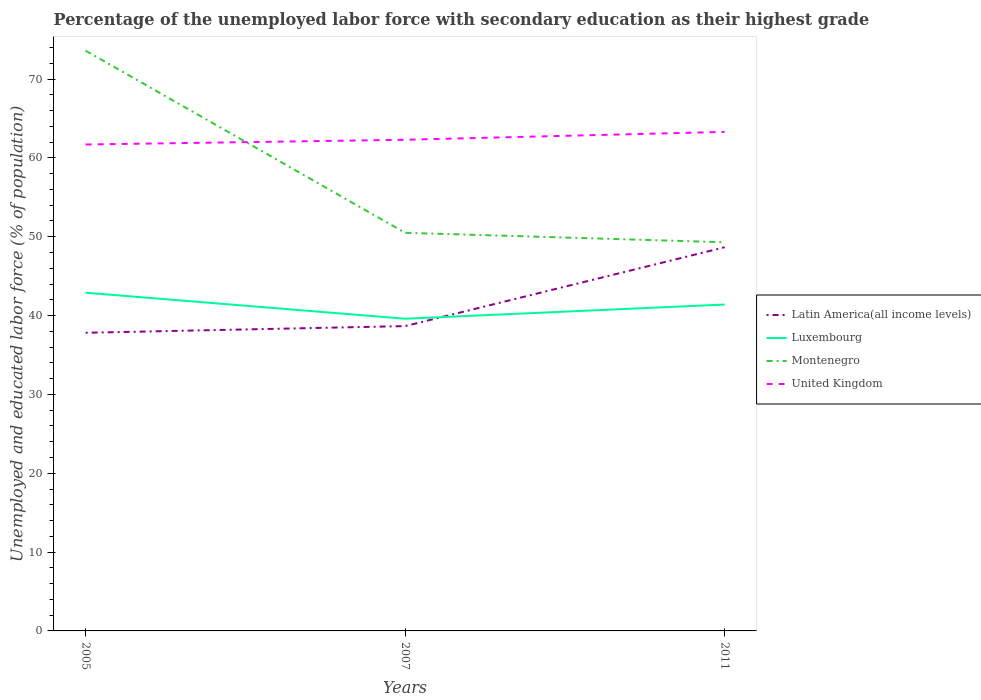
| Years | Latin America(all income levels) | Luxembourg | Montenegro | United Kingdom |
 | --- | --- | --- | --- | --- |
 | 2005 | 37.8 | 42.9 | 73.6 | 61.7 |
 | 2007 | 38.7 | 39.6 | 50.5 | 62.3 |
 | 2011 | 48.7 | 41.4 | 49.3 | 63.3 |